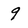
Character: 9